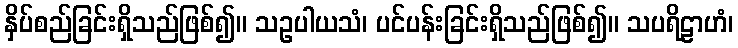
နှိပ်စည်ခြင်းရှိသည်ဖြစ်၍။ သဥပါယသံ၊ ပင်ပန်းခြင်းရှိသည်ဖြစ်၍။ သပရိဠာဟံ၊